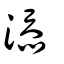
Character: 添